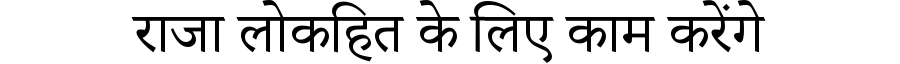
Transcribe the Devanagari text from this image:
राजा लोकहित के लिए काम करेंगे